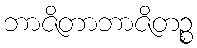
ဘာဇိတာဘာဇိတဉ္စ